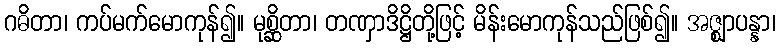
ဂဓိတာ၊ ကပ်မက်မောကုန်၍။ မုစ္ဆိတာ၊ တဏှာဒိဋ္ဌိတို့ဖြင့် မိန်းမောကုန်သည်ဖြစ်၍။ အဇ္ဈာပန္နာ၊